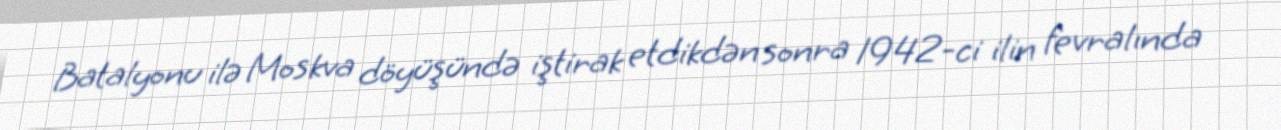
Batalyonu ilə Moskva döyüşündə iştirak etdikdən sonra 1942-ci ilin fevralında